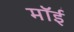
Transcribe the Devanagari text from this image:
मॉई